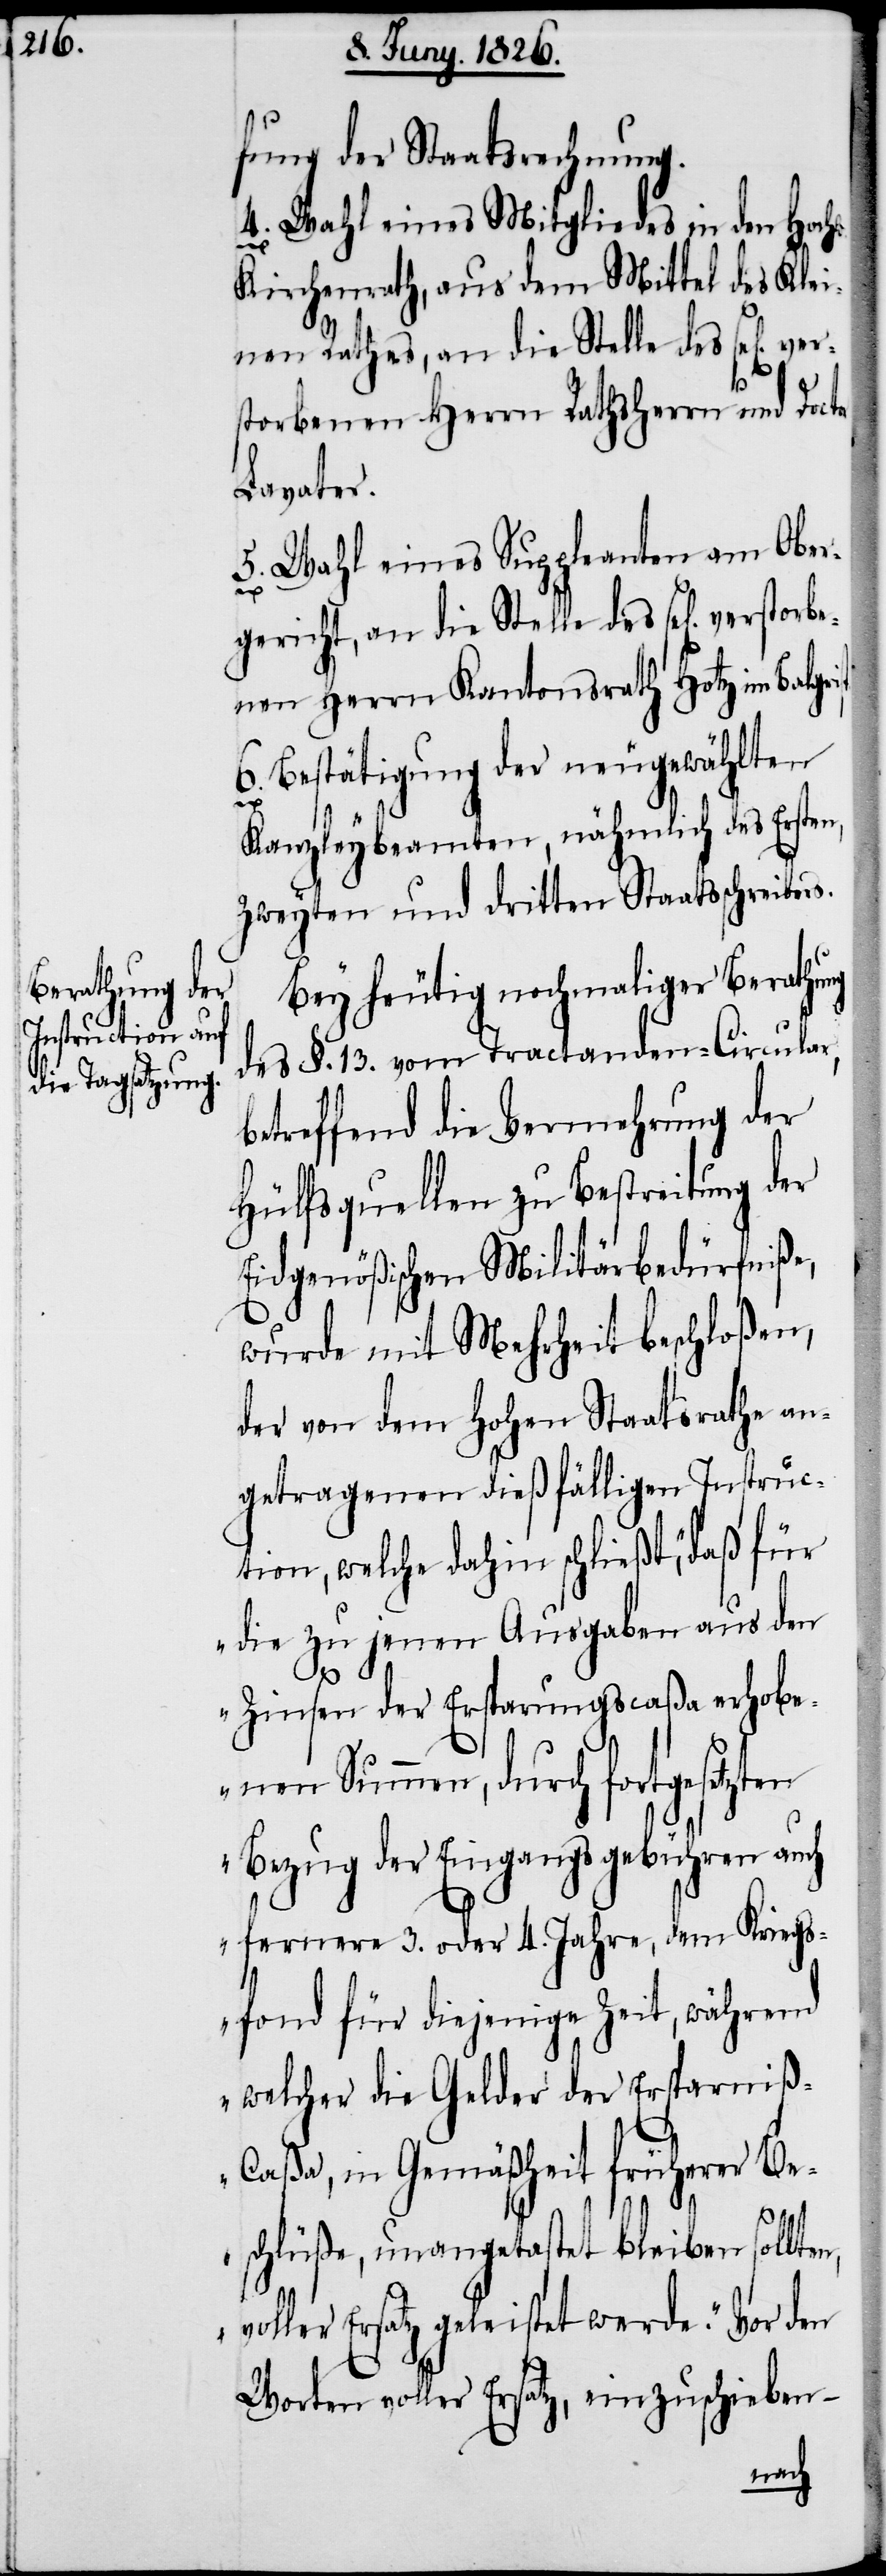
fung der Staatsrechung.
4. Wahl eines Mitgliedes in den Hoch¬
Kirchenrath, aus dem Mittel des Klei¬
nen Rathes, an die Stelle6 des sel[ig]
torbenen Herrn Rathsherrn und Doct¬
Lavater.
5. Wahl eines Suppleanten am Ober¬
gericht, an die Stelle des sel[ig] versto¬
rbenen Herrn Kantonsrath Hotz im Balgri¬
6. Bestätigung der neugewählten
or
Kanzleybeamten, nähmlich des Ersten,
Zweyten und dritten Staatsschreibers.
Bey heutig nochmaliger Berathung
des §. 13. vom Tractanden-Circular,
betreffend die Vermehrung der
Hülfsquellen zu Bestreitung der
Eidgenößischen Militärbedürfniße,
wurde mit Mehrheit beschloßen,
der von dem hohen Staatsrathe an¬
getragenen dießfälligen Instruct¬
ionen, welche dahin schließt, „daß für
die zu jenen Ausgaben aus den
n,
Zinsen der Ersparungscaßa erhobe¬
nen Summen, durch fortgesetzten
Bezug der Eingangsgebühren auch
fernere 3. oder 4. Jahre, dem Kriegs¬
st.
fond für diejenige Zeit, während
welcher die Gelder der Ersparni¬
ß-Caßa, in Gemäßheit früherer Be¬
schlüße, unangetastet bleiben sollte¬
voller Ersatz geleistet werde.“ Vor den
Worten voller Ersatz, einzuschieben –